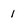
Character: 1